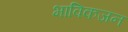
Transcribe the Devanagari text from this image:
भाविकजन